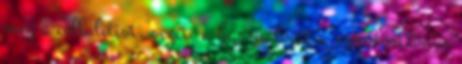
meg a cellulitist, segíti a használóját a szép testtónus